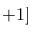
+ 1 ]